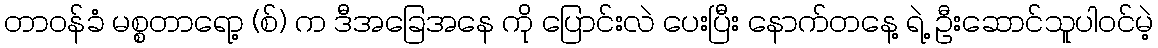
တာဝန်ခံ မစ္စတာရော့ (စ်) က ဒီအခြေအနေ ကို ပြောင်းလဲ ပေးပြီး နောက်တနေ့ ရဲ့ ဦးဆောင်သူပါဝင်မဲ့